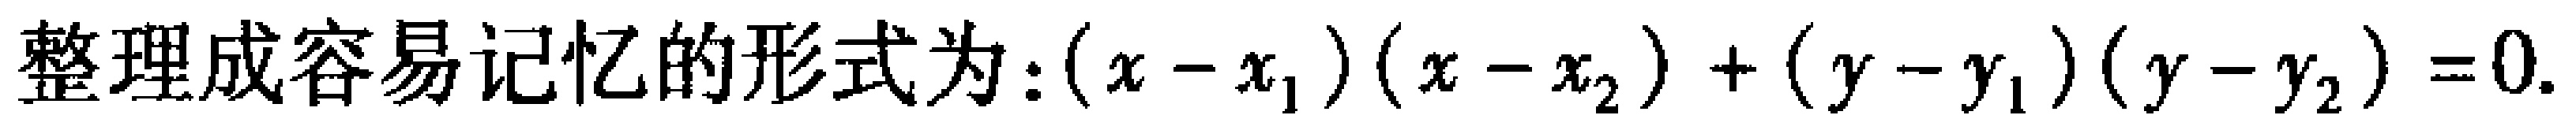
整理成容易记忆的形式为: \((x - x_1)(x - x_2)+(y - y_1)(y - y_2)=0\).